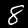
Label: 8